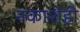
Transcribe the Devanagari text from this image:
नकाशेही